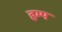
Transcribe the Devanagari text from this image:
हम्प